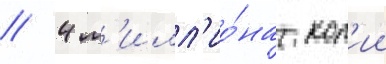
// 4 м'илл'ио́на коп'ии